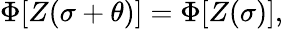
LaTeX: \Phi[Z(\sigma+\theta)]=\Phi[Z(\sigma)],